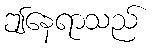
ဤနေရာသည်